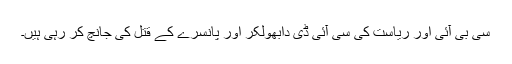
سی بی آئی اور ریاست کی سی آئی ڈی دابھولکر اور پانسرے کے قتل کی جانچ کر رہی ہیں۔